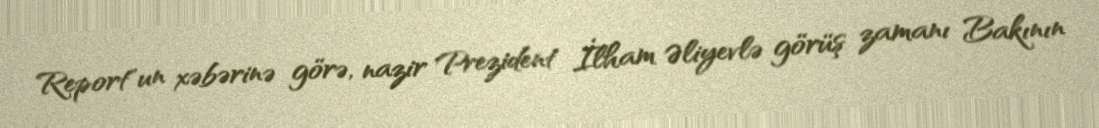
Report"un xəbərinə görə, nazir Prezident İlham Əliyevlə görüş zamanı Bakının